Leaving Certificate Examination, 1922
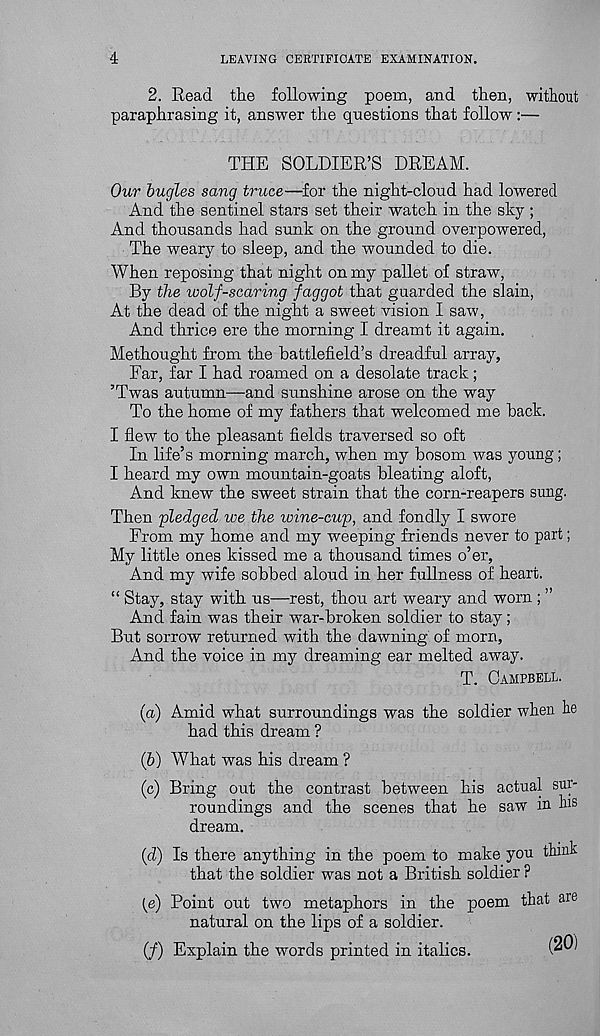
4
LEAVING CERTIFICATE EXAMINATION.
2. Read the following poem, and then, without
paraphrasing it, answer the questions that follow:—
THE SOLDIER’S DREAM.
Our bugles sang truce—for the night-cloud had lowered
And the sentinel stars set their wateh in the sky ;
And thousands had sunk on the ground overpowered,
The weary to sleep, and the wounded to die.
When reposing that night on my pallet of straw,
By the wolf-scaring faggot that guarded the slain,
At the dead of the night a sweet vision I saw,
And thrice ere the morning I dreamt it again.
Methought from the battlefield’s dreadful array,
Far, far I had roamed on a desolate track;
’Twas autumn—and sunshine arose on the way
To the home of my fathers that welcomed me hack.
I flew to the pleasant fields traversed so oft
In life’s morning march, when my bosom was young;
I heard my own mountain-goats bleating aloft,
And knew the sweet strain that the corn-reapers sung.
Then pledged we the wine-cup, and fondly I swore
From my home and my weeping friends never to part;
My little ones kissed me a thousand times o’er,
And my wife sobbed aloud in her fullness of heart.
“ Stay, stay with us—rest, thou art weary and worn ; ”
And fain was their war-broken soldier to stay;
But sorrow returned with the dawning of morn,
And the voice in my dreaming ear melted away.
T. CAMPBELL.
(a) Amid what surroundings was the soldier when be
had this dream ?
(&) What was his dream ?
(c) Bring out the contrast between his actual sur-
roundings and the scenes that he saw in lus
dream.
(d) Is there anything in the poem to make you think
that the soldier was not a British soldier ?
(e) Point out two metaphors in the poem that are
natural on the lips of a soldier.
(/) Explain the words printed in italics.